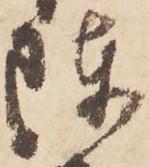
陣